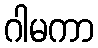
ဂါမကာ